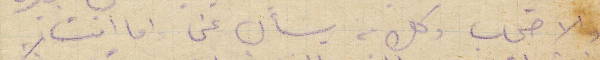
والاصحاب وكل من يسأل عني واما انت